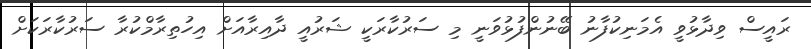
ރައީސް ވިދާޅުވީ އެމަނިކުފާނު ބޭނުންފުޅުވަނީ މި ސަރުކާރަކީ ޝަރުއީ ދާއިރާއަށް އިހުތިރާމްކުރާ ސަރުކާރަކަށް